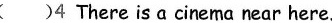
( )4 There is a cinema near here.